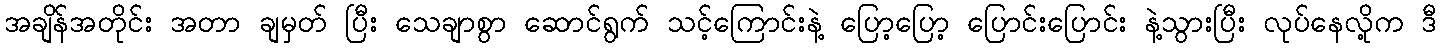
အချိန်အတိုင်း အတာ ချမှတ် ပြီး သေချာစွာ ဆောင်ရွက် သင့်ကြောင်းနဲ့ ပြော့ပြော့ ပြောင်းပြောင်း နဲ့သွားပြီး လုပ်နေလို့က ဒီ